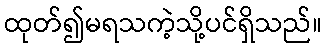
ထုတ်၍မရသကဲ့သို့ပင်ရှိသည်။